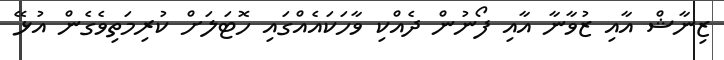
ޒިނާޝް އާއި ޒުވާނާ އާއި ފޯނުން ދެއްކި ވާހަކައެއްގައި ހޮޓަލަށް ކުރިމަތިވެގެން އުޅޭ